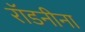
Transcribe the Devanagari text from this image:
रॉडनीना